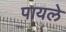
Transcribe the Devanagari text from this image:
पायले